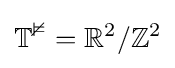
\mathbb {T^{2}} =\mathbb {R} ^{2}/\mathbb {Z} ^{2}